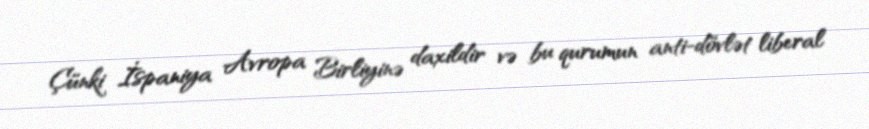
Çünki İspaniya Avropa Birliyinə daxildir və bu qurumun anti-dövlət liberal